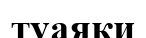
туаяки